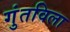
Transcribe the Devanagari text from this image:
गुंतविला